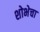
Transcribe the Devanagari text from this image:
शोभेचा